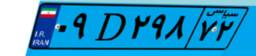
۵۹D۲۳۲۰۹